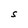
Character: S